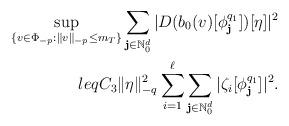
LaTeX: \begin{align*}\sup_{\{v\in \Phi _{-p}:\Vert v\Vert _{-p}\leq m_{T}\}}\sum_{\mathbf{j}\in \mathbb{N}_{0}^{d}}|D(b_{0}(v)[\phi _{\mathbf{j}}^{q_{1}}])[\eta ]|^{2}\\leq C_{3}\Vert \eta \Vert _{-q}^{2}\sum_{i=1}^{\ell }\sum_{\mathbf{j}\in \mathbb{N}_{0}^{d}}|\zeta _{i}[\phi _{\mathbf{j}}^{q_{1}}]|^{2}.\end{align*}